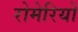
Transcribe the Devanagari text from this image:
रोमेरियो